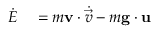
\begin{array} { r l } { \dot { E } } & { { } = m \mathbf { v } \cdot \dot { \vec { v } } - m \mathbf { g } \cdot \mathbf { u } } \end{array}